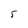
Character: 5